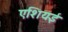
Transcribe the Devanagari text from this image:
एशियई